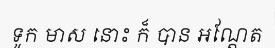
ទូក មាស នោះ ក៏ បាន អណ្តែត